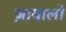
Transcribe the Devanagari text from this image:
ज़ायालो